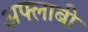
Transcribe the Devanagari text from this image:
अफ्लाबी